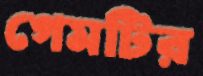
গেমটির